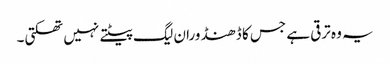
یہ وہ ترقی ہے جس کا ڈھنڈورا ن لیگ پیٹتے نہیں تھکتی۔